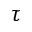
\tau